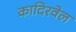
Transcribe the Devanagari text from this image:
कादिरवेल